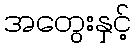
အတွေးနှင့်